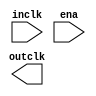

module clockctrl (
	inclk,
	ena,
	outclk);	

	input		inclk;
	input		ena;
	output		outclk;
endmodule